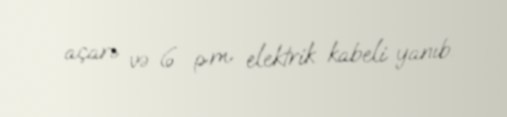
açarı və 6 p.m elektrik kabeli yanıb.